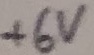
Text: +6V